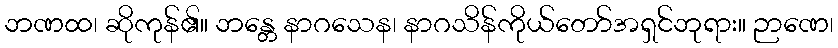
ဘဏထ၊ ဆိုကုန်၏။ ဘန္တေ နာဂသေန၊ နာဂသိန်ကိုယ်တော်အရှင်ဘုရား။ ဉာဏေ၊